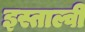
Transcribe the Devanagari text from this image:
इस्ताल्वी